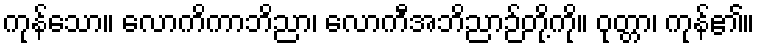
ကုန်သော။ လောကိကာဘိညာ၊ လောကီအဘိညာဉ်တို့ကို။ ဝုတ္တာ၊ ကုန်၏။